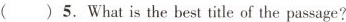
( )5. What is the best title of the passage?